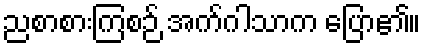
ညစာစားကြစဉ် အက်ဂါသာက ပြော၏။